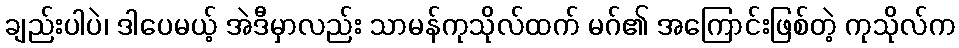
ချည်းပါပဲ၊ ဒါပေမယ့် အဲဒီမှာလည်း သာမန်ကုသိုလ်ထက် မဂ်၏ အကြောင်းဖြစ်တဲ့ ကုသိုလ်က